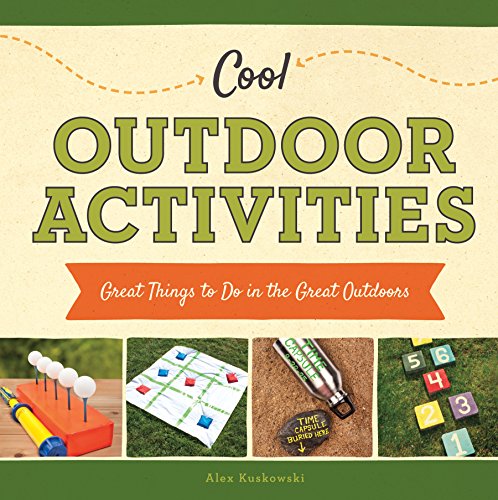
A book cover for Cool Outdoor Activities:: Great Things to Do in the Great Outdoors (Cool Great Outdoors); Alex Kuskowski; Children's Books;